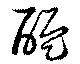
醞